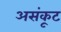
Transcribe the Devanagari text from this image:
असंकूट